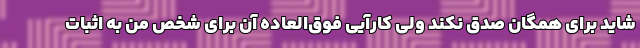
شاید برای همگان صدق نکند ولی کارآیی فوق‌العاده آن برای شخص من به اثبات